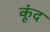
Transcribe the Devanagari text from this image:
कूंद